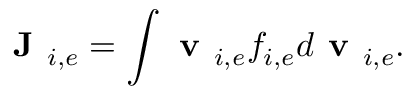
\textbf { J } _ { i , e } = \int \textbf { v } _ { i , e } f _ { i , e } d \textbf { v } _ { i , e } .